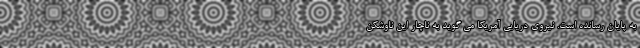
به پایان رسانده است. نیروی دریایی آمریکا می گوید به ناچار این ناوشکن